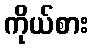
ကိုယ်စား